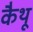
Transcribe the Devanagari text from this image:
कैथू